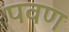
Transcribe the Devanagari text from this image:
पवण